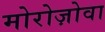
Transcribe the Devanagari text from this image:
मोरोज़ोवा